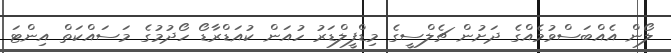
ލޯން އެއްބަސްވުމެއްގެ ދަށުން ޗެލްސީގެ މިޑްފީލްޑަރު ހުއަން ކުއަޑްރާޑޯ ހޯދުމުގެ މަސައްކަތް އިންޓަ